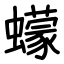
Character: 蠓